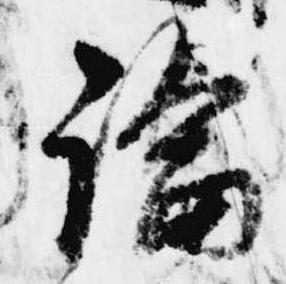
論